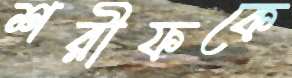
শরীফকে